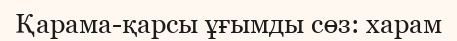
Қарама-қарсы ұғымды сөз: харам